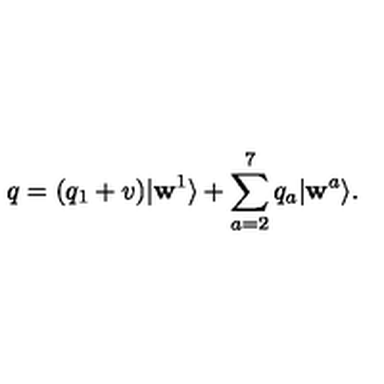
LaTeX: q = ( q _ { 1 } + v ) | \mathbf { w } ^ { 1 } \rangle + \sum _ { a = 2 } ^ { 7 } { q _ { a } | \mathbf { w } ^ { a } \rangle } .